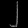
Digit: ၂